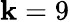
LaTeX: \mathbf{k}=9